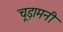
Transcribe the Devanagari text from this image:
चूड़ामनी